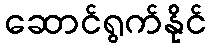
ဆောင်ရွက်နိုင်